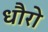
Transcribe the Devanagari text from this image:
धौरो